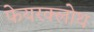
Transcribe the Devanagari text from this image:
फेयरक्लोथ